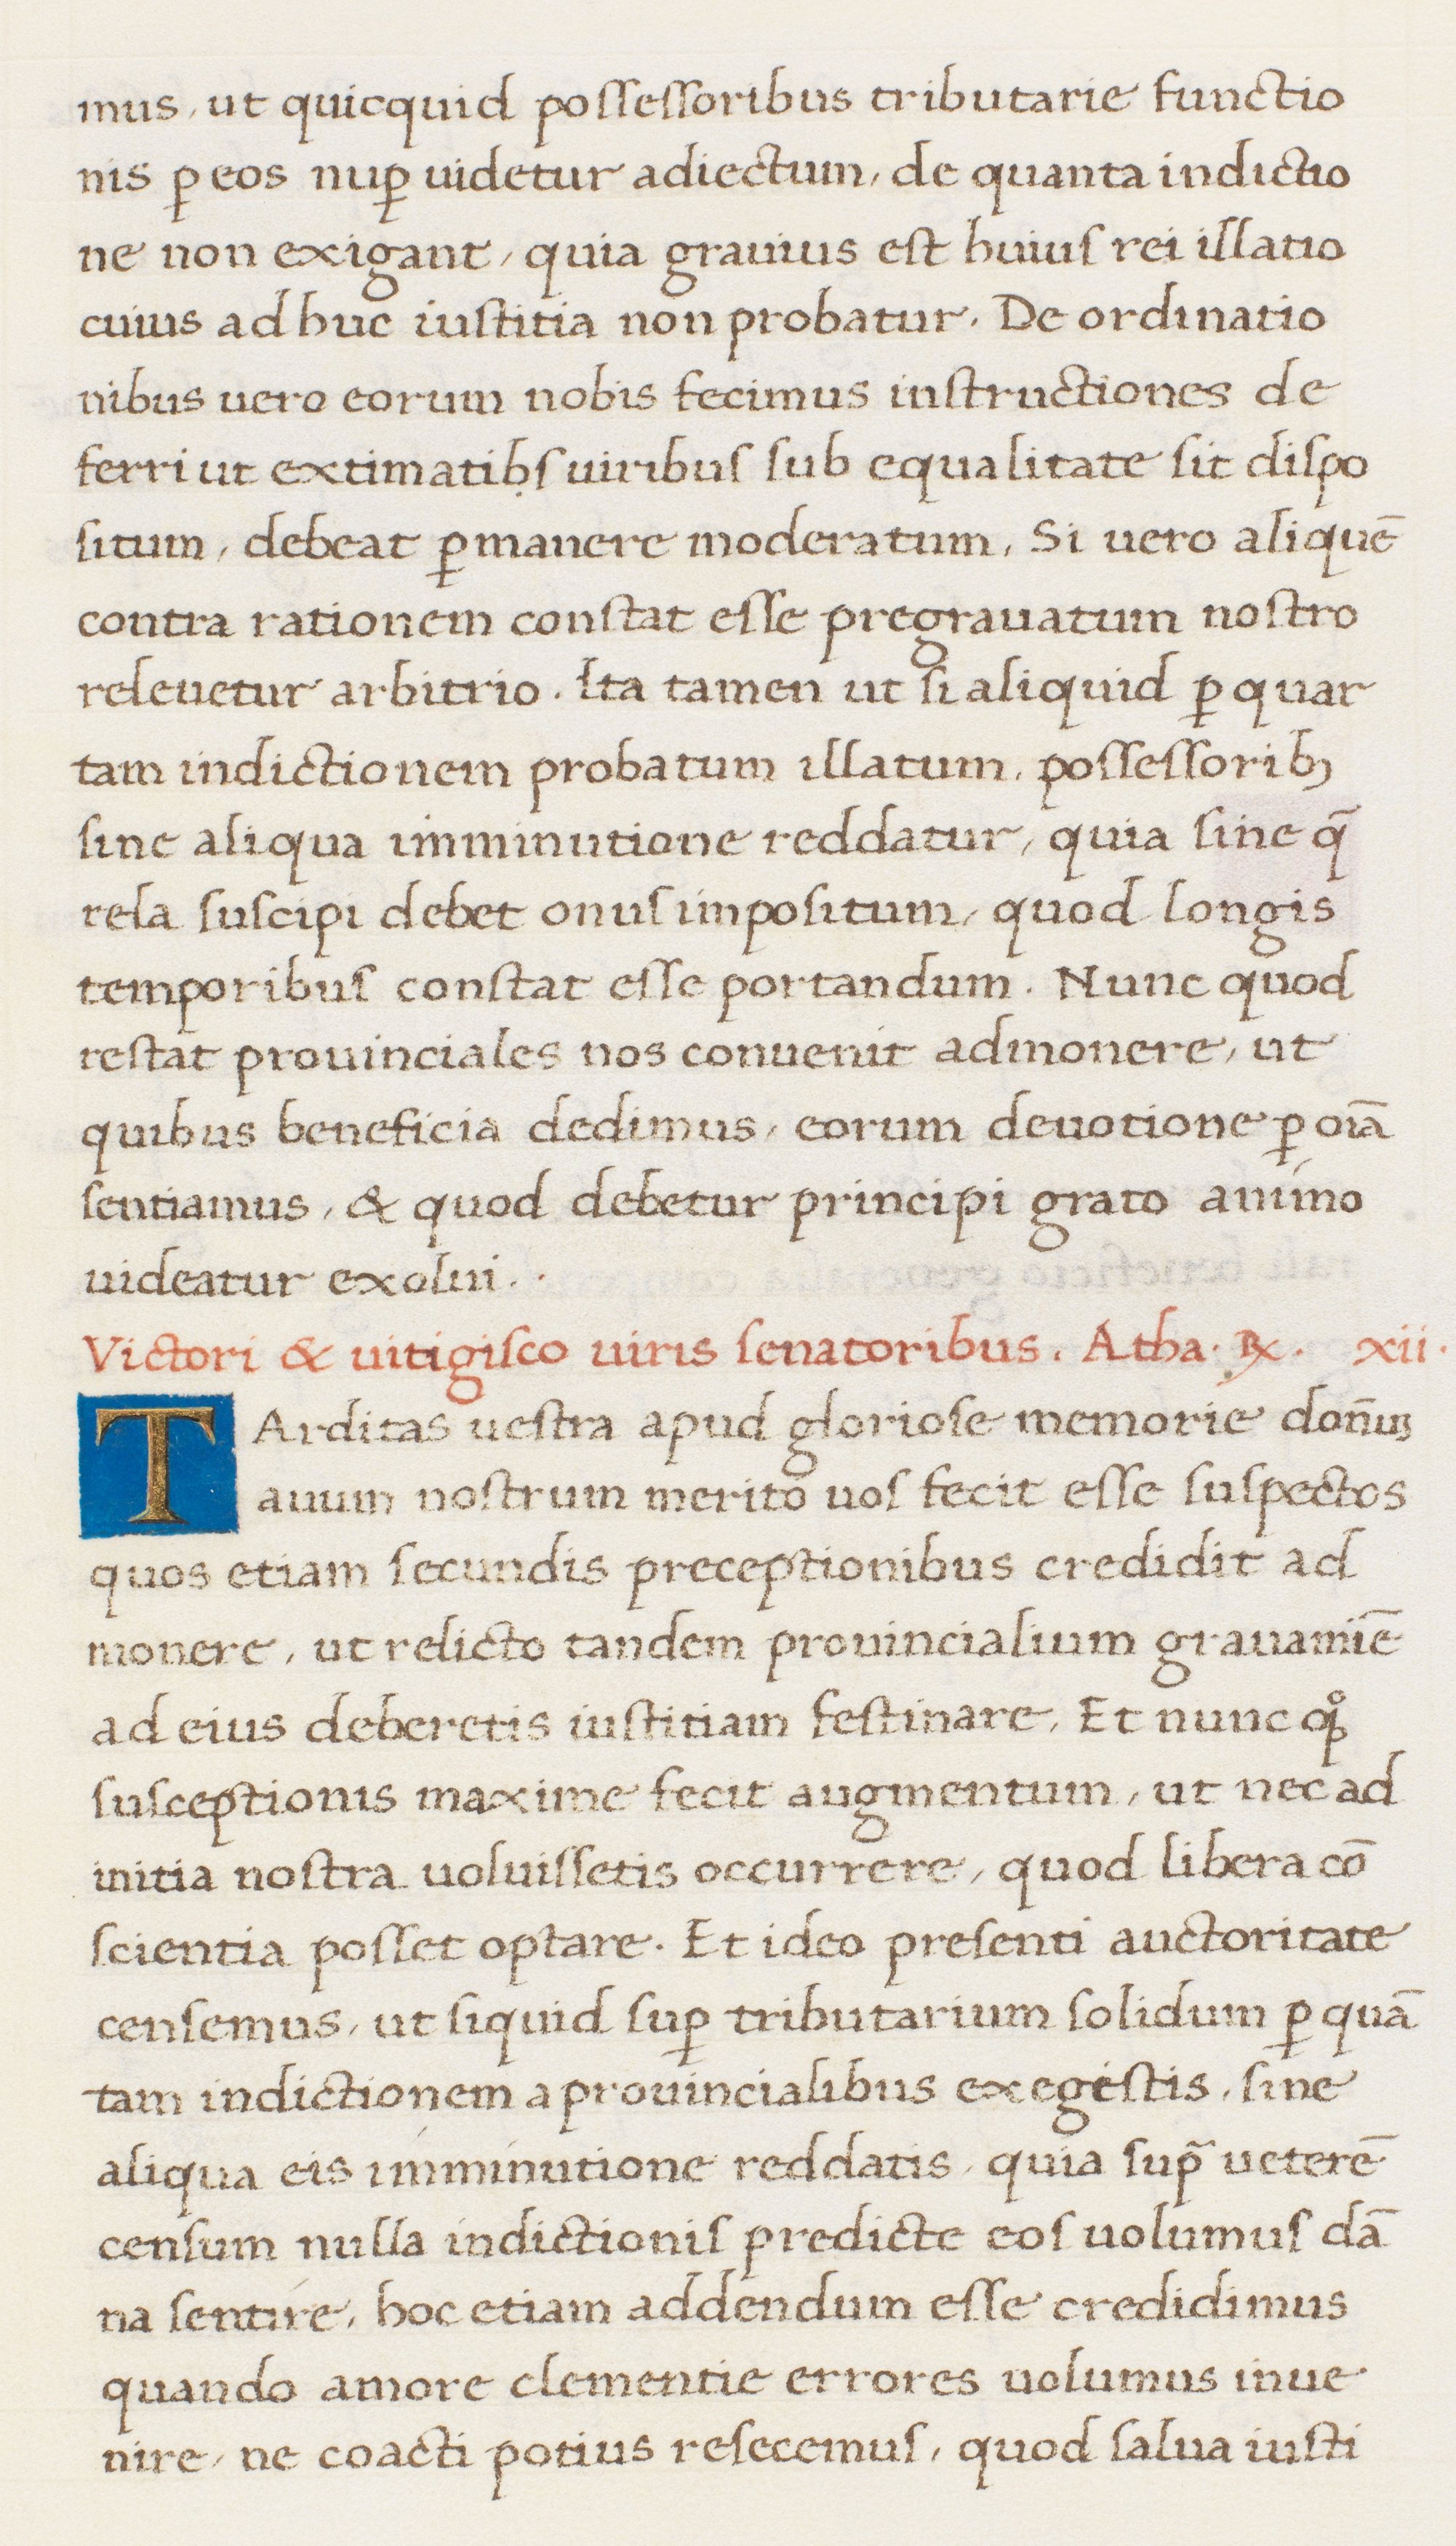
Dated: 1513–1521